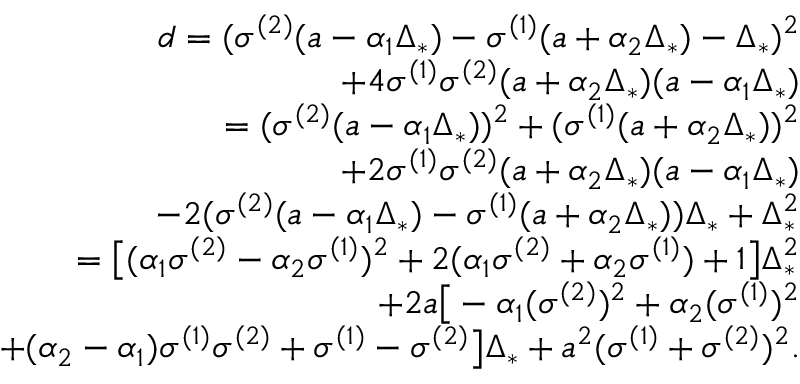
\begin{array} { r } { d = ( \sigma ^ { ( 2 ) } ( a - \alpha _ { 1 } \Delta _ { * } ) - \sigma ^ { ( 1 ) } ( a + \alpha _ { 2 } \Delta _ { * } ) - \Delta _ { * } ) ^ { 2 } } \\ { + 4 \sigma ^ { ( 1 ) } \sigma ^ { ( 2 ) } ( a + \alpha _ { 2 } \Delta _ { * } ) ( a - \alpha _ { 1 } \Delta _ { * } ) } \\ { = ( \sigma ^ { ( 2 ) } ( a - \alpha _ { 1 } \Delta _ { * } ) ) ^ { 2 } + ( \sigma ^ { ( 1 ) } ( a + \alpha _ { 2 } \Delta _ { * } ) ) ^ { 2 } } \\ { + 2 \sigma ^ { ( 1 ) } \sigma ^ { ( 2 ) } ( a + \alpha _ { 2 } \Delta _ { * } ) ( a - \alpha _ { 1 } \Delta _ { * } ) } \\ { - 2 ( \sigma ^ { ( 2 ) } ( a - \alpha _ { 1 } \Delta _ { * } ) - \sigma ^ { ( 1 ) } ( a + \alpha _ { 2 } \Delta _ { * } ) ) \Delta _ { * } + \Delta _ { * } ^ { 2 } } \\ { = \big [ ( \alpha _ { 1 } \sigma ^ { ( 2 ) } - \alpha _ { 2 } \sigma ^ { ( 1 ) } ) ^ { 2 } + 2 ( \alpha _ { 1 } \sigma ^ { ( 2 ) } + \alpha _ { 2 } \sigma ^ { ( 1 ) } ) + 1 \big ] \Delta _ { * } ^ { 2 } } \\ { + 2 a \big [ - \alpha _ { 1 } ( \sigma ^ { ( 2 ) } ) ^ { 2 } + \alpha _ { 2 } ( \sigma ^ { ( 1 ) } ) ^ { 2 } } \\ { + ( \alpha _ { 2 } - \alpha _ { 1 } ) \sigma ^ { ( 1 ) } \sigma ^ { ( 2 ) } + \sigma ^ { ( 1 ) } - \sigma ^ { ( 2 ) } \big ] \Delta _ { * } + a ^ { 2 } ( \sigma ^ { ( 1 ) } + \sigma ^ { ( 2 ) } ) ^ { 2 } . } \end{array}